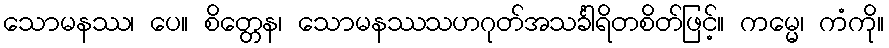
သောမနဿ၊ ပေ။ စိတ္တေန၊ သောမနဿသဟဂုတ်အသင်္ခါရိတစိတ်ဖြင့်။ ကမ္မေ၊ ကံကို။